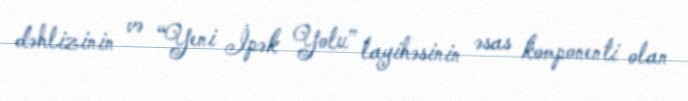
dəhlizinin və “Yeni İpək Yolu” layihəsinin əsas komponenti olan